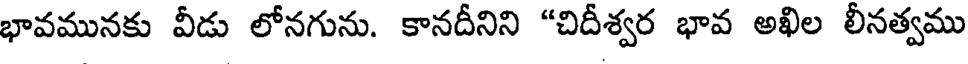
భావమునకు వీడు లోనగును. కానదీనిని "చిదీశ్వర భావ అఖిల లీనత్వము